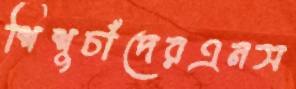
শিশুচাঁদেরএনস